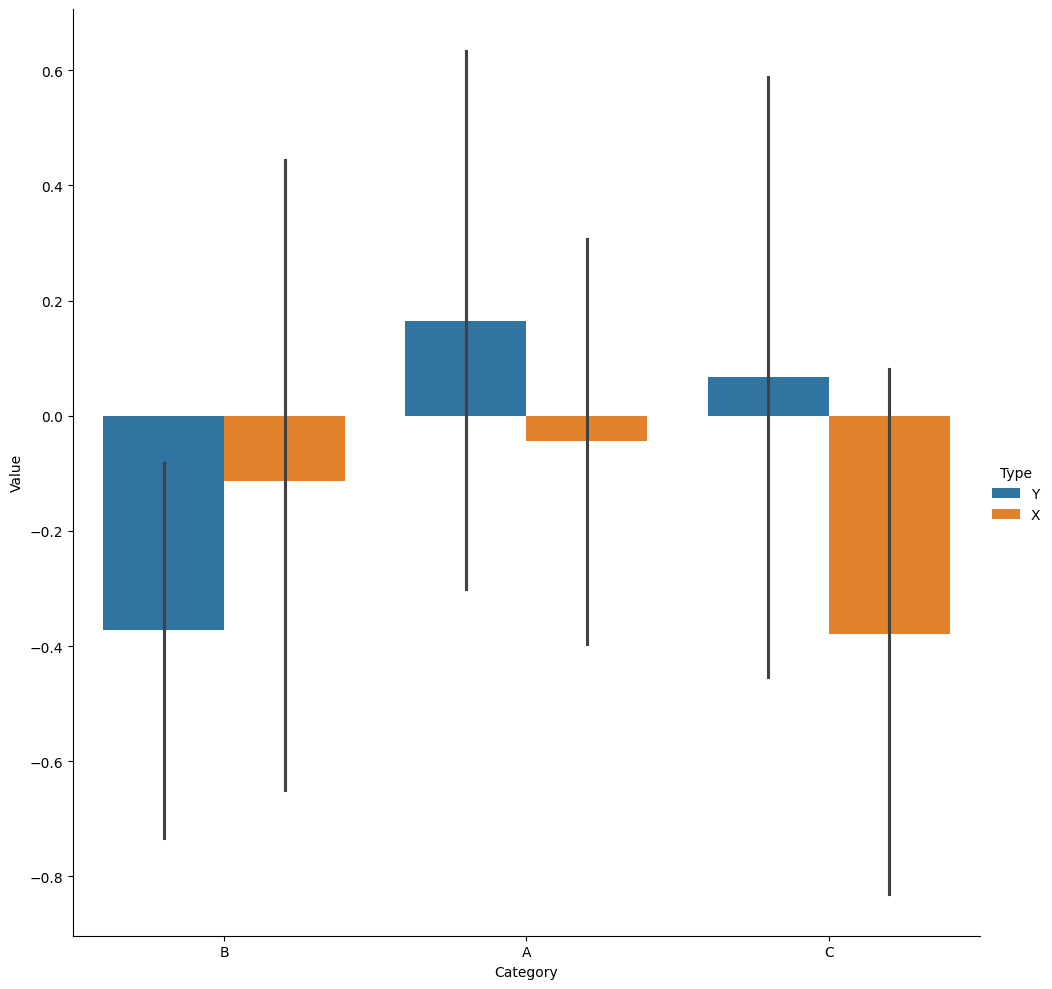
python, seaborn, catplot, kind='bar', height=10, aspect=1